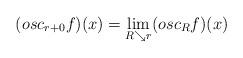
LaTeX: \begin{align*} (osc_{r+0}f)(x)=\lim_{R\searrow r} (osc_R f)(x)\end{align*}